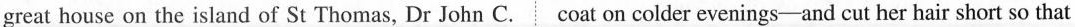
great house on the island of St Thomas, Dr John C. Coat on colder evenings-and cut her hair short so that